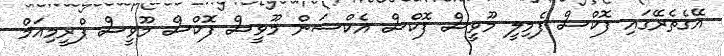
އޭގެތެރޭގައި ފޮކްސް ފެމިލީ މޫވީސް ފޮކްސް އެކްޝަން މޫވީސް ފޮކްސް މޫވީސް ޕްރީމިއަމް